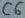
Text: C6